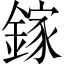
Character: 鎵